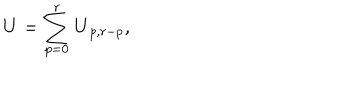
\mathbf { U } = \sum _ { p = 0 } ^ { r } \mathbf { U } _ { p , r - p } ,